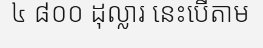
៤ ៨០០ ដុល្លារ នេះបើតាម